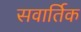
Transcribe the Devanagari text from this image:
सवार्तिक